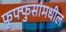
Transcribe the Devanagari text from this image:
फुफ्फुसांमधील